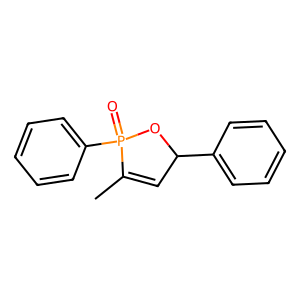
SMILES: CC1=CC(c2ccccc2)OP1(=O)c1ccccc1
Inhibits HIV replication: No